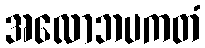
အလောဘပကတံ